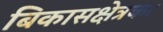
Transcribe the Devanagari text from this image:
बिकासक्षेत्रका